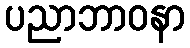
ပညာဘာဝနာ